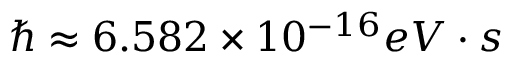
\hslash \approx 6 . 5 8 2 \times 1 0 ^ { - 1 6 } e V \cdot s